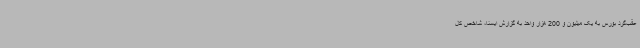
عقب‌گرد بورس به یک میلیون و 200 هزار واحد به گزارش ایسنا، شاخص کل